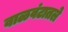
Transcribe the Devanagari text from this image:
वाळवंटातले